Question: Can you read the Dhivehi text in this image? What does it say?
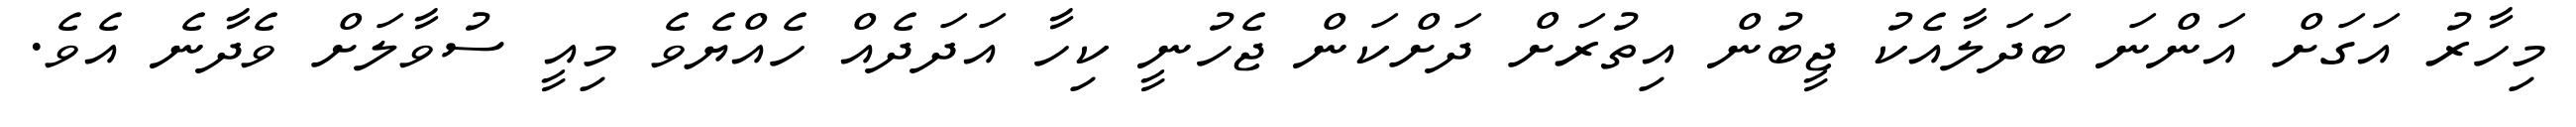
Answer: މިހާރު އަގަށް އަންނަ ބަދަލާއެކު ޖީބުން އިތުރަށް ދަށްކަން ޖެހުނީ ކިހާ އަދަދެއް ހެއްޔެވެ މިއީ ސުވާލަށް ވެދާނެ އެވެ.